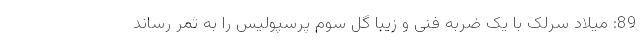
89: میلاد سرلک با یک ضربه فنی و زیبا گل سوم پرسپولیس را به ثمر رساند